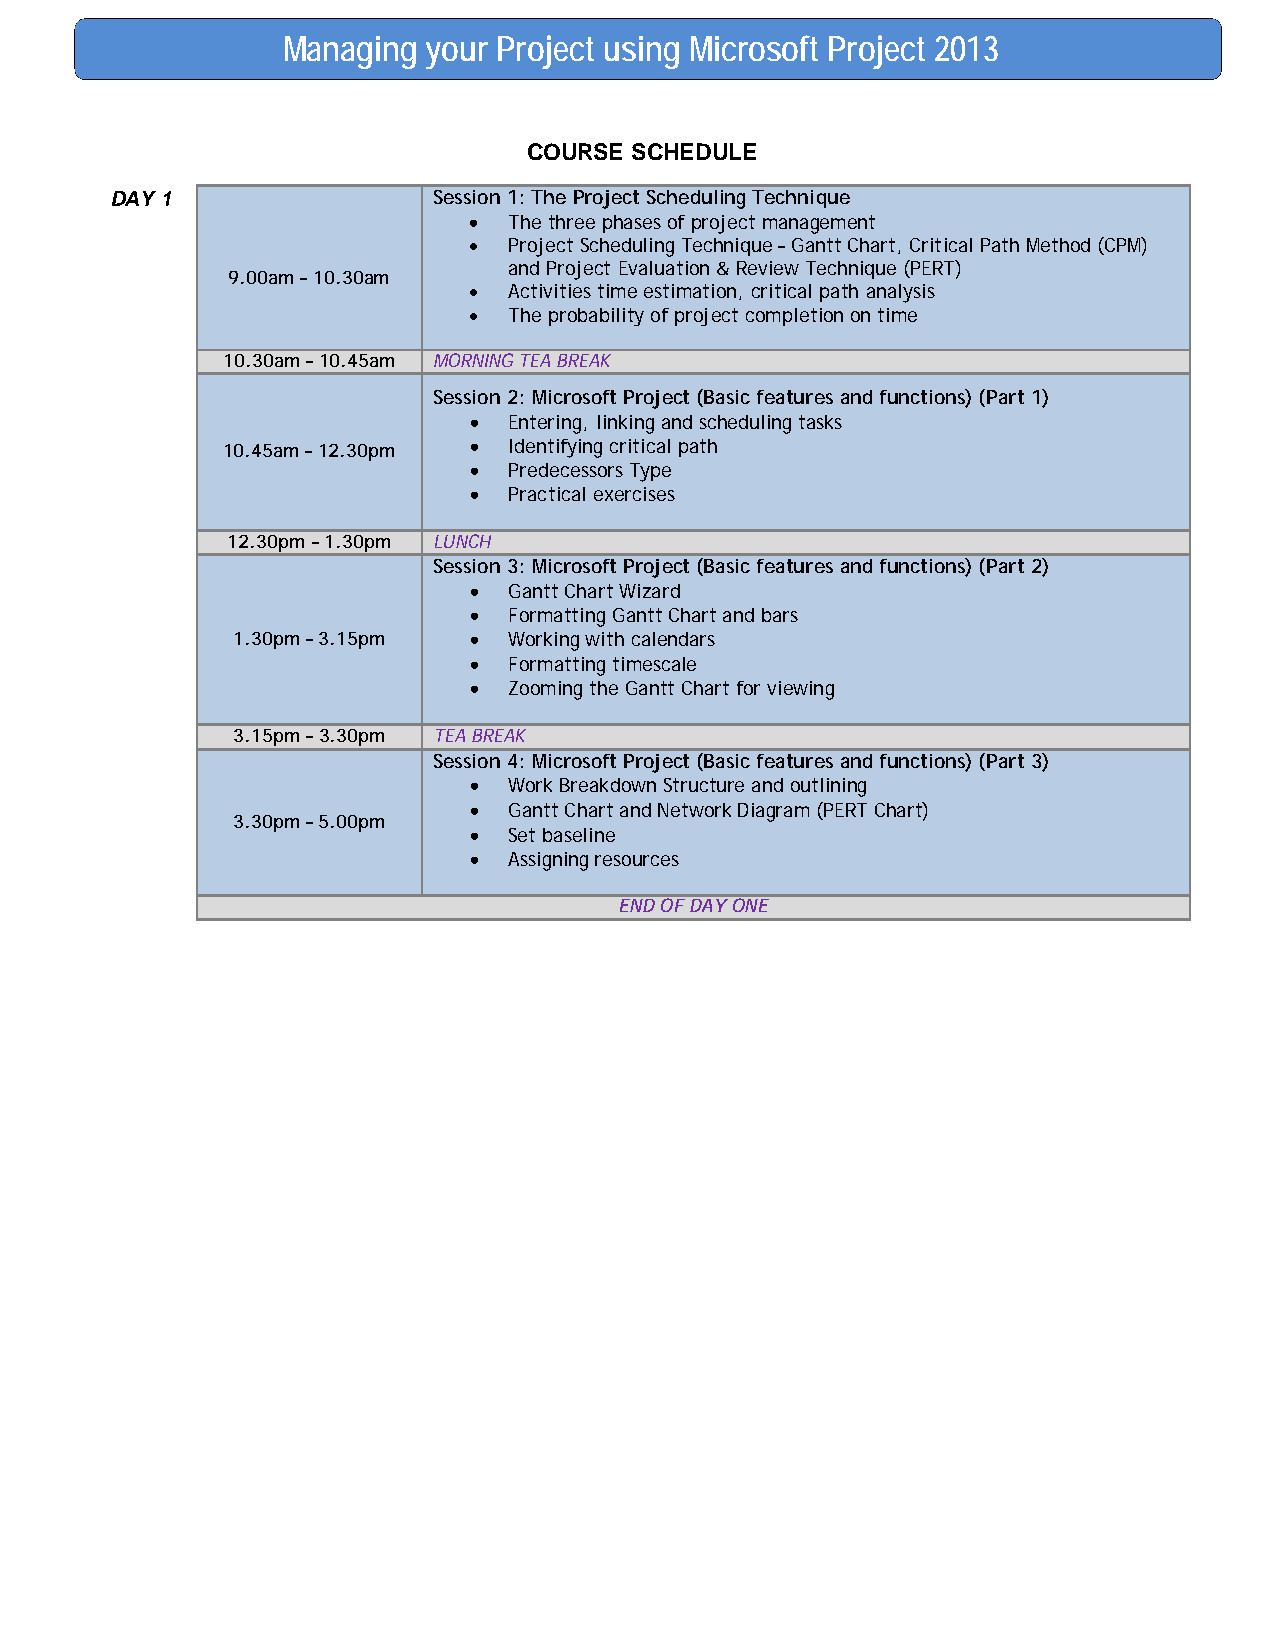
Managing your Project using Microsoft Project 2013
 COURSE SCHEDULE
 DAY 1                 Session 1: The Project Scheduling Technique
 •  The three phases of project management
 •  Project Scheduling Technique – Gantt Chart, Critical Path Method (CPM)
 and Project Evaluation & Review Technique (PERT)
 9.00am – 10.30am
 •  Activities time estimation, critical path analysis
 •  The probability of project completion on time
 10.30am – 10.45am MORNING TEA BREAK
 Session 2: Microsoft Project (Basic features and functions) (Part 1)
 •  Entering, linking and scheduling tasks
 10.45am – 12.30pm • Identifying critical path
 •  Predecessors Type
 •  Practical exercises
 12.30pm – 1.30pm LUNCH
 Session 3: Microsoft Project (Basic features and functions) (Part 2)
 •  Gantt Chart Wizard
 •  Formatting Gantt Chart and bars
 1.30pm – 3.15pm •  Working with calendars
 •  Formatting timescale
 •  Zooming the Gantt Chart for viewing
 3.15pm – 3.30pm TEA BREAK
 Session 4: Microsoft Project (Basic features and functions) (Part 3)
 •  Work Breakdown Structure and outlining
 •  Gantt Chart and Network Diagram (PERT Chart)
 3.30pm – 5.00pm
 •  Set baseline
 •  Assigning resources
 END OF DAY ONE
 .